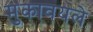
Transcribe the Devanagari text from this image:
मुकावयले